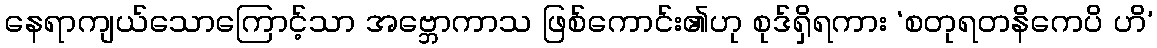
နေရာကျယ်သောကြောင့်သာ အဗ္ဘောကာသ ဖြစ်ကောင်း၏ဟု စုဒ်ရှိရကား ‘စတုရတနိကေပိ ဟိ’